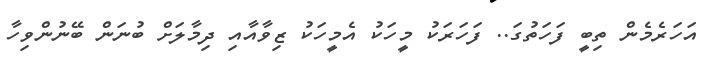
އަހަރެމެން ތިބީ ފަހަތުގަ.. ފަހަރަކު މީހަކު އެމީހަކު ޒިވާއާއި ދިމާލަށް ބުނަން ބޭނުންވިހާ